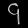
Digit: ၄